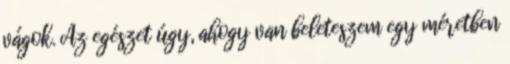
vágok. Az egészet úgy, ahogy van beleteszem egy méretben